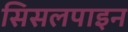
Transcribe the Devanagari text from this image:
सिसलपाइन